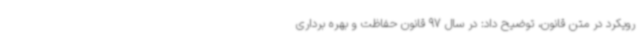
رویکرد در متن قانون، توضیح داد: در سال 97 قانون حفاظت و بهره برداری